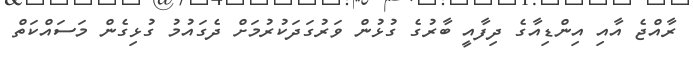
ރާއްޖެ އާއި އިންޑިއާގެ ދިފާއީ ބާރުގެ ގުޅުން ވަރުގަދަކުރުމަށް ދެގައުމު ގުޅިގެން މަސައްކަތް